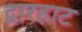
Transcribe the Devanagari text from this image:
द्वारहाट